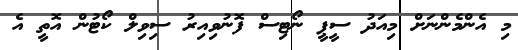
މި އެންމެންނަށް މިއަދު ސީޕީ ނޯޓިސް ފޮނުވިއިރު ސިވިލް ކޯޓުން އޮތީ އެ